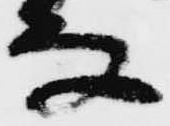
な